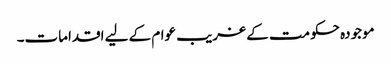
موجودہ حکومت کے غریب عوام کے لیے اقدامات۔